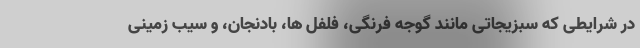
در شرایطی که سبزیجاتی مانند گوجه فرنگی، فلفل ها، بادنجان، و سیب زمینی